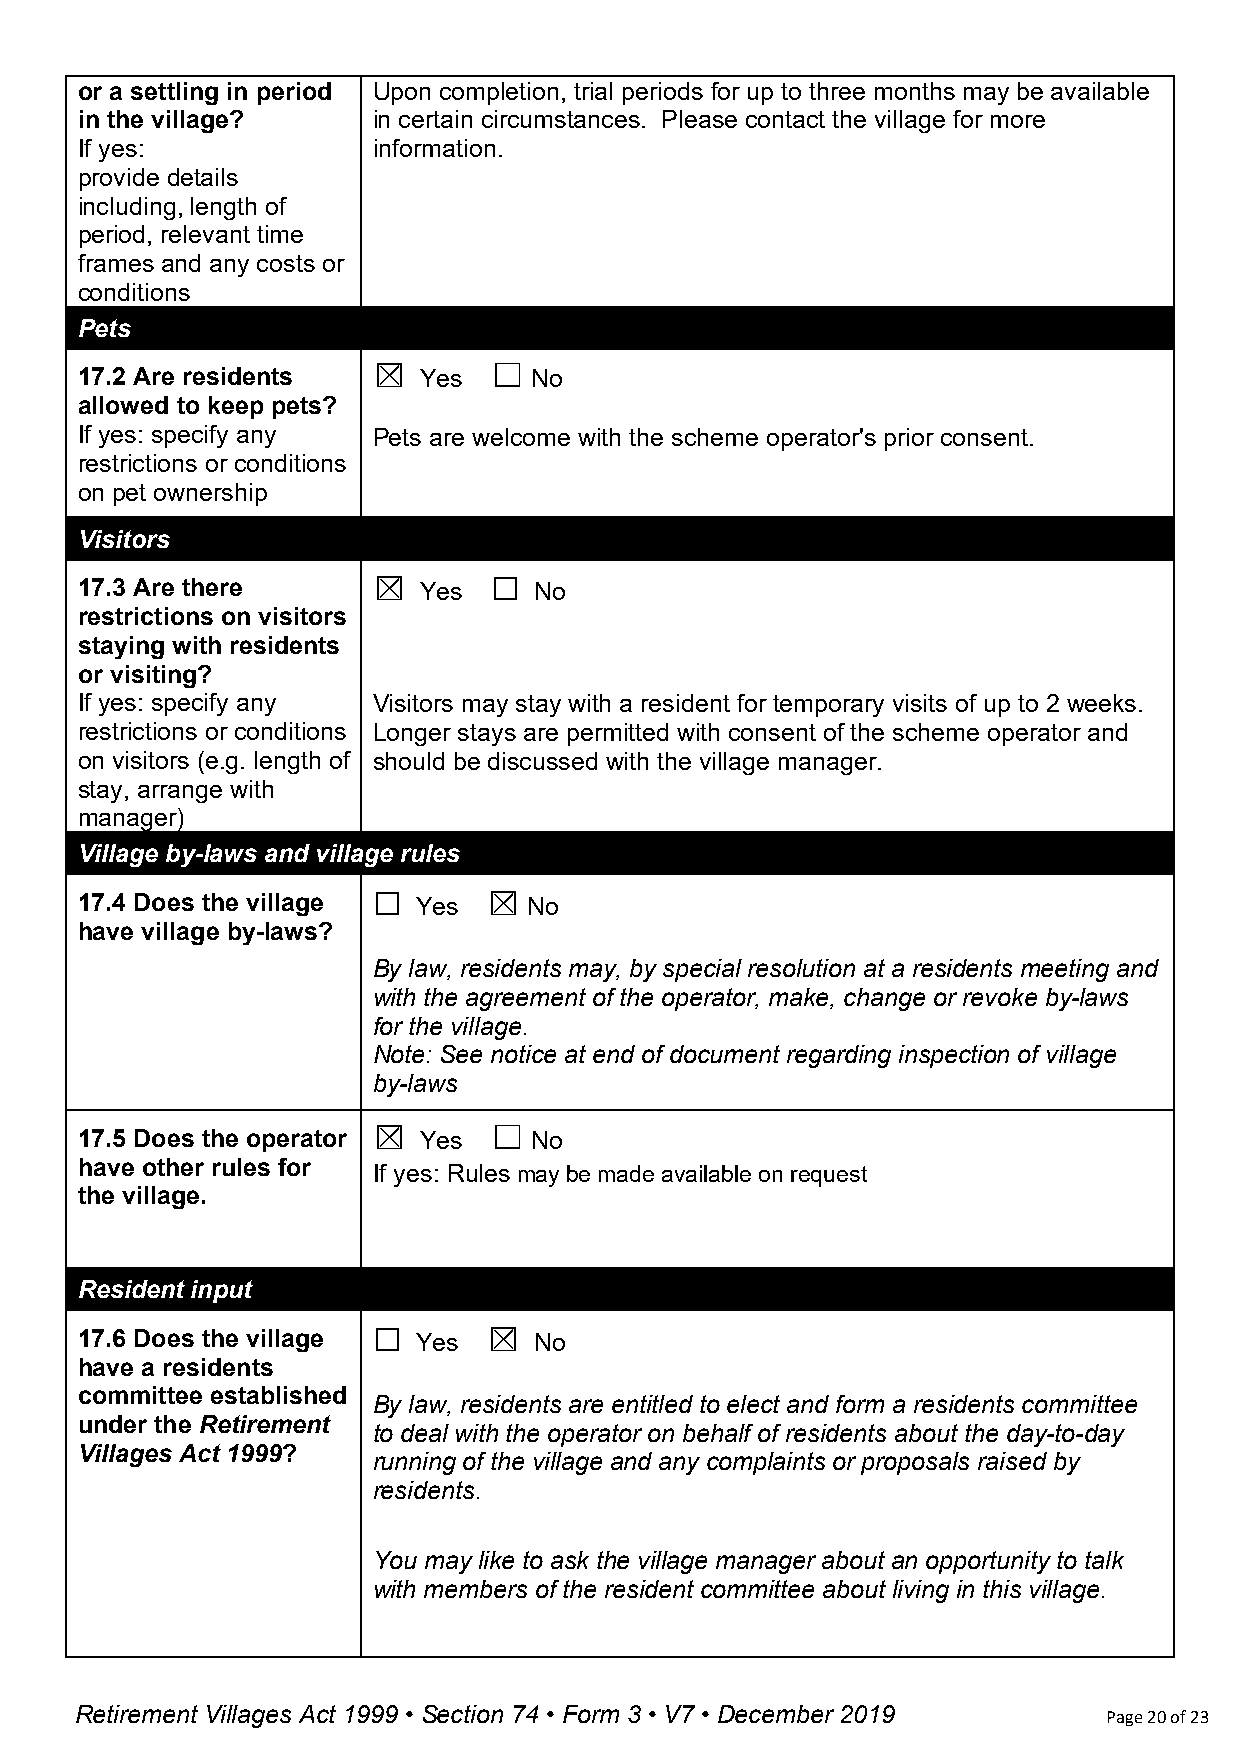
or a settling in period Upon completion, trial periods for up to three months may be available
 in the village?     in certain circumstances. Please contact the village for more
 If yes:             information.
 provide details
 including, length of
 period, relevant time
 frames and any costs or
 conditions
 Pets
 ☒      ☐
 17.2 Are residents     Yes    No
 allowed to keep pets?
 If yes: specify any Pets are welcome with the scheme operator's prior consent.
 restrictions or conditions
 on pet ownership
 Visitors
 ☒
 17.3 Are there         Yes    No
 ☐
 restrictions on visitors
 staying with residents
 or visiting?
 If yes: specify any Visitors may stay with a resident for temporary visits of up to 2 weeks.
 restrictions or conditions Longer stays are permitted with consent of the scheme operator and
 on visitors (e.g. length of should be discussed with the village manager.
 stay, arrange with
 manager)
 Village by-laws and village rules
 ☒
 17.4 Does the village Yes     No
 ☐
 have village by-laws?
 By law, residents may, by special resolution at a residents meeting and
 with the agreement of the operator, make, change or revoke by-laws
 for the village.
 Note: See notice at end of document regarding inspection of village
 by-laws
 ☒      ☐
 17.5 Does the operator Yes    No
 have other rules for If yes: Rules may be made available on request
 the village.
 Resident input
 ☒
 17.6 Does the village Yes     No
 ☐
 have a residents
 committee established
 By law, residents are entitled to elect and form a residents committee
 under the Retirement
 to deal with the operator on behalf of residents about the day-to-day
 Villages Act 1999?
 running of the village and any complaints or proposals raised by
 residents.
 You may like to ask the village manager about an opportunity to talk
 with members of the resident committee about living in this village.
 Retirement Villages Act 1999 • Section 74 • Form 3 • V7 • December 2019 Page 20 of 23